Plague in India, 1896, 1897 - Volume 3
Year: 1896
Disease focus: Plague
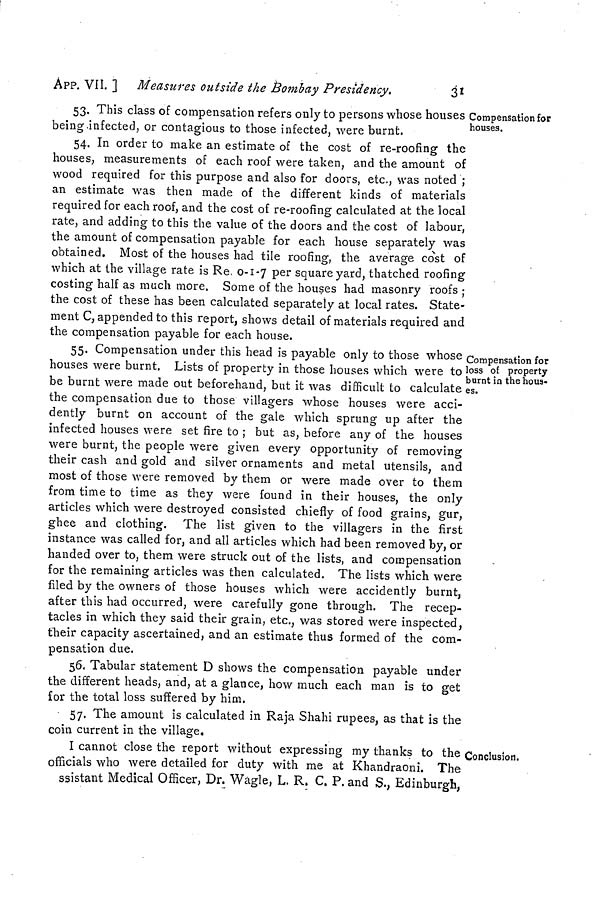
APP. VII. ] Measures outside the Bombay Presidency.
31
Compensation for
houses.
53. This class of compensation refers only to persons whose houses
being infected, or contagious to those infected, were burnt.
54. In order to make an estimate of the cost of re-roofing the
houses, measurements of each roof were taken, and the amount of
wood required for this purpose and also for doors, etc., was noted ;
an estimate was then made of the different kinds of materials
required for each roof, and the cost of re-roofing calculated at the local
rate, and adding to this the value of the doors and the cost of labour,
the amount of compensation payable for each house separately was
obtained. Most of the houses had tile roofing, the average cost of
which at the village rate is Re, 0-1-7 per square yard, thatched roofing
costing half as much more. Some of the houses had masonry roofs
the cost of these has been calculated separately at local rates. State-
ment C, appended to this report, shows detail of materials required and
the compensation payable for each house.
Compensation for
loss oE property
burnt in the hous-
es.
55. Compensation under this head is payable only to those whose
ouses were burnt. Lists of property in those houses which were to
be burnt were made out beforehand, but it was difficult to calculate
the compensation due to those villagers whose houses were acci-
dently burnt on account of the gale which sprung up after the
infected houses were set fire to ; but as, before any of the houses
were burnt, the people were given every opportunity of removing
their cash and gold and silver ornaments and metal utensils, and
most of those were removed by them or were made over to them
from time to time as they were found in their houses, the only
articles which were destroyed consisted chiefly of food grains, gur,
ghee and clothing. The list given to the villagers in the first
instance was called for, and all articles which had been removed by, or
handed over to, them were struck out of the lists, and compensation
for the remaining articles was then calculated. The lists which were
filed by the owners of those houses which were accidently burnt,
after this had occurred, were carefully gone through. The recep-
tacles in which they said their grain, etc., was stored were inspected,
their capacity ascertained, and an estimate thus formed of the com-
pensation due.
56. Tabular statement D shows the compensation payable under
the different heads, and, at a glance, how much each man is to get
for the total loss suffered by him.
57. The amount is calculated in Raja Shahi rupees, as that is the
coin current in the village.
Conclusion.
I cannot close the report without expressing my thanks to the
officiais who were detailed for duty with me at Khandraoni. The
ssistant Medical Officer, Dr. Wagle, L. R. C. P. and S., Edinburgh,